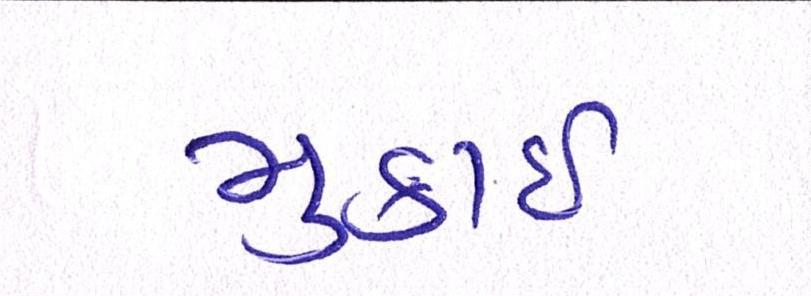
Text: મુકાઈ